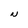
Character: N